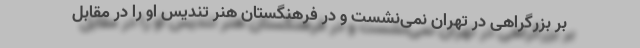
بر بزرگراهی در تهران نمی‌نشست و در فرهنگستان هنر تندیس او را در مقابل